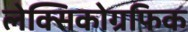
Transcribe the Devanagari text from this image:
लेक्सिकोग्रफिक